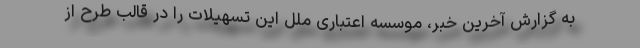
به گزارش آخرین خبر، موسسه اعتباری ملل این تسهیلات را در قالب طرح از